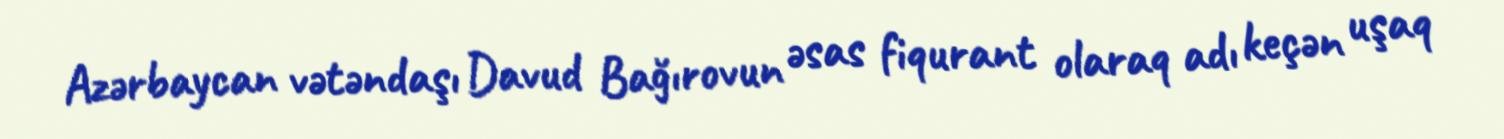
Azərbaycan vətəndaşı Davud Bağırovun əsas fiqurant olaraq adı keçən uşaq